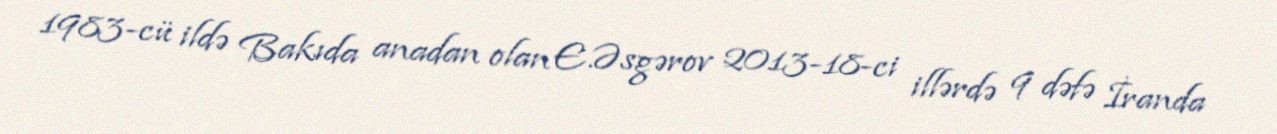
1983-cü ildə Bakıda anadan olan E.Əsgərov 2013-18-ci illərdə 9 dəfə İranda